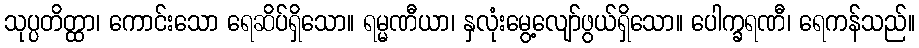
သုပ္ပတိတ္ထာ၊ ကောင်းသော ရေဆိပ်ရှိသော။ ရမ္မဏီယာ၊ နှလုံးမွေ့လျော်ဖွယ်ရှိသော။ ပေါက္ခရဏီ၊ ရေကန်သည်။